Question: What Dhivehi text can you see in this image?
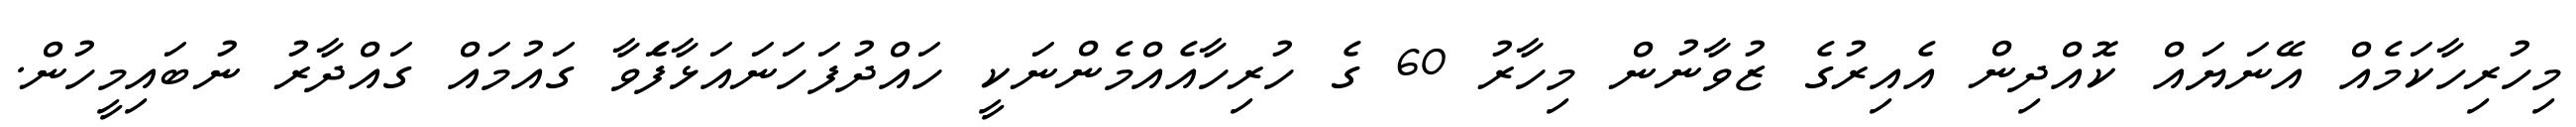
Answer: މިހުރިހާކަމެއް އޭނަޔައް ކޮއްދިން އެއިރުގެ ޒުވާނުން މިހާރު 60 ގެ ހުރިހާއެއްމެންނަކީ ހައްދުފަހަނައަޅާފަެވާ ގައުމައް ގައްދާރު ނުބައިމީހުން.